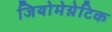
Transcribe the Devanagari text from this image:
जियोमेग्नेटिक